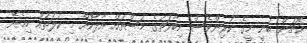
ކެޗަން ބުނީ މީގެ ކުރިންވެސް މިބާވަތުގެ މަސްތައް އާލާކޮށް މި ކުލަތައް ހިމެނޭ